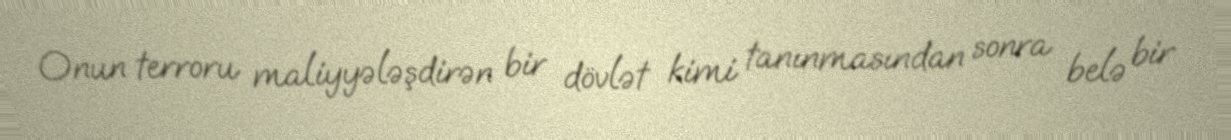
Onun terroru maliyyələşdirən bir dövlət kimi tanınmasından sonra belə bir